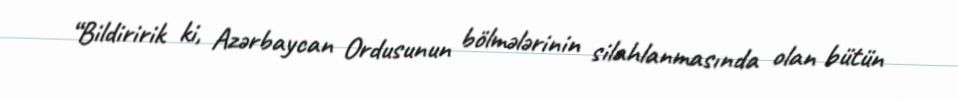
“Bildiririk ki, Azərbaycan Ordusunun bölmələrinin silahlanmasında olan bütün